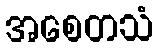
အစေတသံ